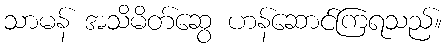
သာမန် အသိမိတ်ဆွေ ဟန်ဆောင်ကြရသည်။